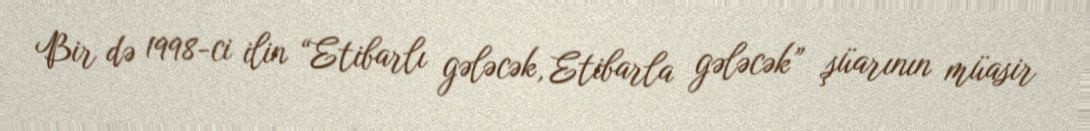
Bir də 1998-ci ilin “Etibarlı gələcək, Etibarla gələcək” şüarının müasir